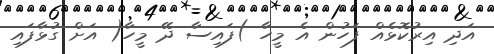
އަދި އިރުކޮޅެއް ފަހުން އެ މީހާ )ފައިސާ ދޭ މީހާ( އަށް ގުޅާފައި